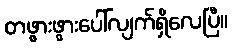
တဖွားဖွားပေါ်လျက်ရှိလေပြီ။